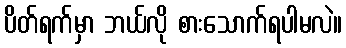
ပိတ်ရက်မှာ ဘယ်လို စားသောက်ရပါမလဲ။